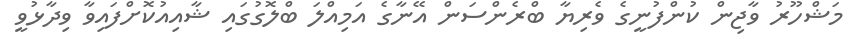
މަޝްހޫރު ވާޖިން ކުންފުނީގެ ވެރިޔާ ބްރެންސަން އޭނާގެ އަމިއްލަ ބްލޮގުގައި ޝާއިއުކޮށްފައިވާ ވިދާޅުވީ